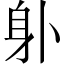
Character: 𨈒